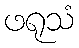
ဖရုသံ